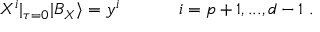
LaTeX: X ^ { i } | _ { \tau = 0 } | B _ { X } \rangle = y ^ { i } ~ ~ ~ ~ ~ ~ ~ ~ ~ ~ i = p + 1 , . . . , d - 1 ~ .